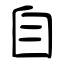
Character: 自